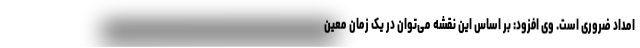
امداد ضروری است. وی افزود: بر اساس این نقشه می‌توان در یک زمان معین